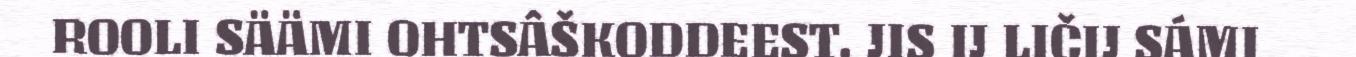
ROOLI SÄÄMI OHTSÂŠKODDEEST. JIS IJ LIČIJ SÁMI